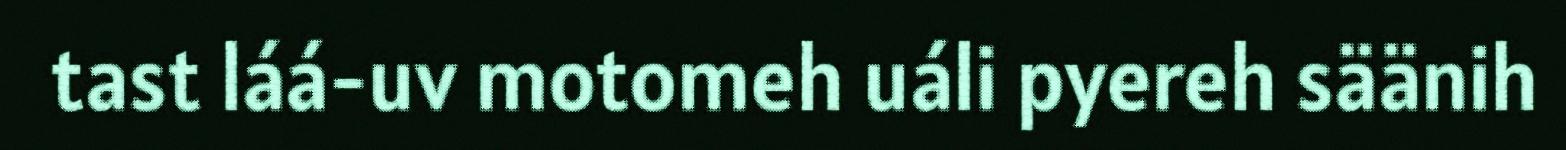
tast láá-uv motomeh uáli pyereh säänih